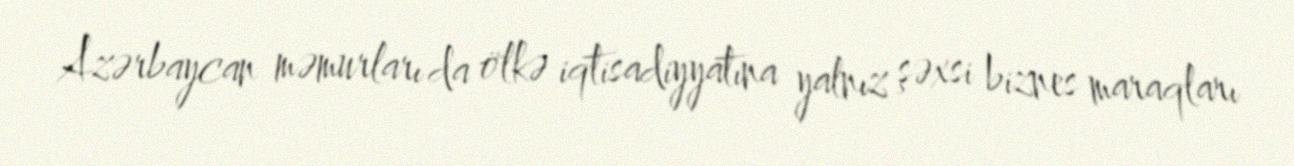
Azərbaycan məmurları da ölkə iqtisadiyyatına yalnız şəxsi biznes maraqları